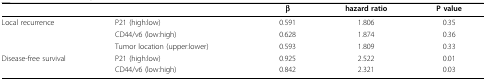
<table><thead><tr><td></td><td></td><td><b>β</b></td><td><b>hazard ratio</b></td><td><b>P value</b></td></tr></thead><tbody><tr><td>Local recurrence</td><td>P21 (high:low)</td><td>0.591</td><td>1.806</td><td>0.35</td></tr><tr><td></td><td>CD44/v6 (low:high)</td><td>0.628</td><td>1.874</td><td>0.36</td></tr><tr><td></td><td>Tumor location (upper:lower)</td><td>0.593</td><td>1.809</td><td>0.33</td></tr><tr><td>Disease-free survival</td><td>P21 (high:low)</td><td>0.925</td><td>2.522</td><td>0.01</td></tr><tr><td></td><td>CD44/v6 (low:high)</td><td>0.842</td><td>2.321</td><td>0.03</td></tr></tbody></table>